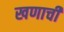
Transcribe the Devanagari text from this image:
खणाची